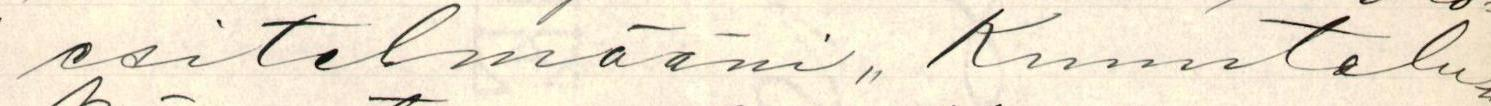
esitelmääni,, Kuuntelu-